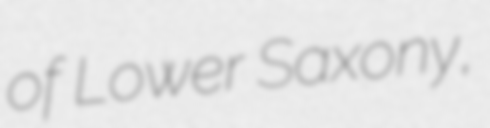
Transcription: of Lower Saxony,